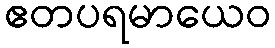
ဧတပရမာယေဝ